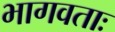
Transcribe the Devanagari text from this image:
भागवताः